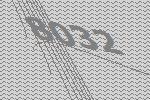
8032